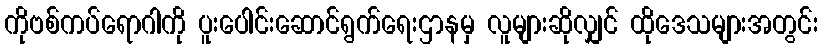
ကိုဗစ်ကပ်ရောဂါကို ပူးပေါင်းဆောင်ရွက်ရေးဌာနမှ လူများဆိုလျှင် ထိုဒေသများအတွင်း